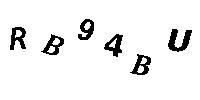
RB94BU